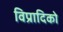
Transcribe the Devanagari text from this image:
विप्रादिको